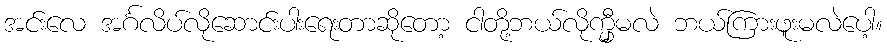
အင်းလေ အင်္ဂလိပ်လိုဆောင်းပါးရေးတာဆိုတော့ ငါတို့ဘယ်လိုက္မှီမလဲ ဘယ်ကြားဖူးမလဲပေါ့။